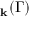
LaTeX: \mathbf { \pi } _ { \mathbf { k } } ( \Gamma )